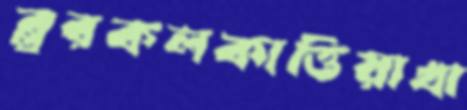
ব্লুরকলকাত্তিয়াখা